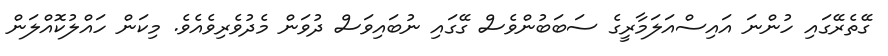
ގޭތެރޭގައި ހުންނަ އައިސްއަލަމާރީގެ ސަބަބުންވެސް ގޭގައި ނުބައިވަސް ދުވަން މެދުވެރިވެއެވެ. މިކަން ހައްލުކޮއްލަން